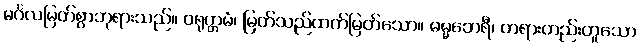
မင်္ဂလမြတ်စွာဘုရားသည်။ ဝရုတ္တမံ၊ မြတ်သည်ထက်မြတ်သော။ ဓမ္မဘေရီ၊ တရားတည်းဟူသော